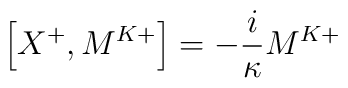
\left[X^{+},M^{K+}\right]= -\frac{i}{\kappa}M^{K+}